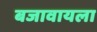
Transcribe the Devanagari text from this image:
बजावायला